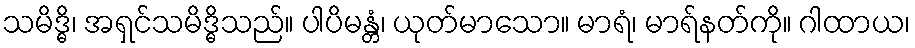
သမိဒ္ဓိ၊ အရှင်သမိဒ္ဓိသည်။ ပါပိမန္တံ၊ ယုတ်မာသော။ မာရံ၊ မာရ်နတ်ကို။ ဂါထာယ၊